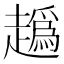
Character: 𧽶